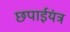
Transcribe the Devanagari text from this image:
छपाईयंत्र